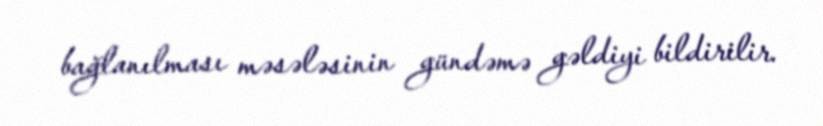
bağlanılması məsələsinin gündəmə gəldiyi bildirilir.